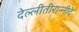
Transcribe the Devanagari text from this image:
देल्लीतीरान्नीदे